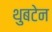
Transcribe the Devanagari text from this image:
थुबटेन